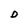
Character: D